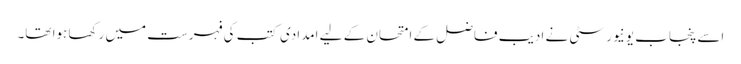
اسے پنجاب یونیورسٹی نے ادیب فاضل کے امتحان کے لیے امدادی کتب کی فہرست میں رکھا ہوا تھا۔